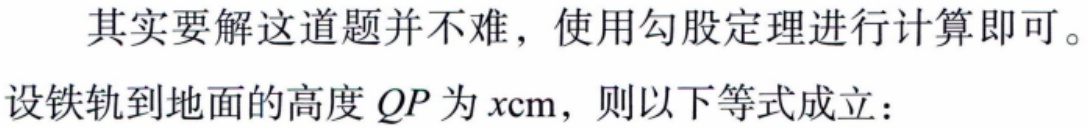
其实要解这道题并不难，使用勾股定理进行计算即可。
设铁轨到地面的高度 \(QP\) 为 \(x\mathrm{cm}\)，则以下等式成立：